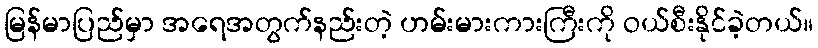
မြန်မာပြည်မှာ အရေအတွက်နည်းတဲ့ ဟမ်းမားကားကြီးကို ဝယ်စီးနိုင်ခဲ့တယ်။